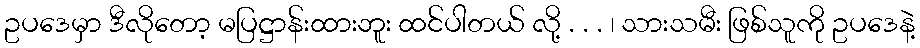
ဥပဒေမှာ ဒီလိုတော့ မပြဋ္ဌာန်းထားဘူး ထင်ပါတယ် လို့ . . . ၊ သားသမီး ဖြစ်သူကို ဥပဒေနဲ့